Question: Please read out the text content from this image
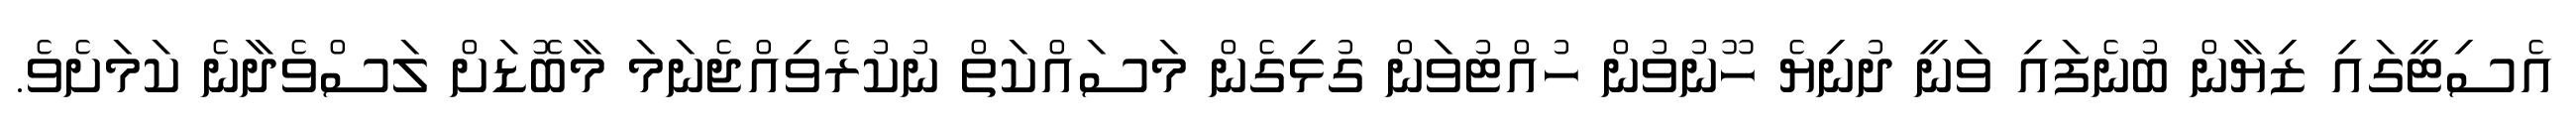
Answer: އެސިޓީގައި ޒިޔާން ބުނެފައި ވަނީ ދުނިޔެ ހޫނުވުން ހުއްޓުވަން ގުޅިގެން މަސައްކަތް ނުކުރެވިއްޖެނަމަ މާބޮޑަށް ލަސްވެދާނެ ކަމަށެވެ.